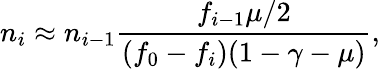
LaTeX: n_{i}\approx n_{i-1}\frac{f_{i-1}\mu/2}{(f_{0}-f_{i})(1-\gamma-\mu)},